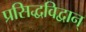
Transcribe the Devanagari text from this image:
प्रसिद्धविद्वान्